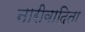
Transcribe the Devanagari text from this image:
नारीवादिता